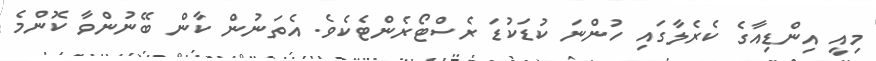
މިއީ އިންޑިއާގެ ކެރެލާގައި ހުންނަ ކުޑަކުޑަ ރެސްޓޯރެންޓެކެވެ. އެތަނުން ކާން ބޭނުންވާ ކޮންމެ